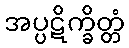
အပ္ပဋိက္ခိတ္တံ